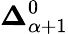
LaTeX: \mathbf{\Delta}_{\alpha+1}^{0}